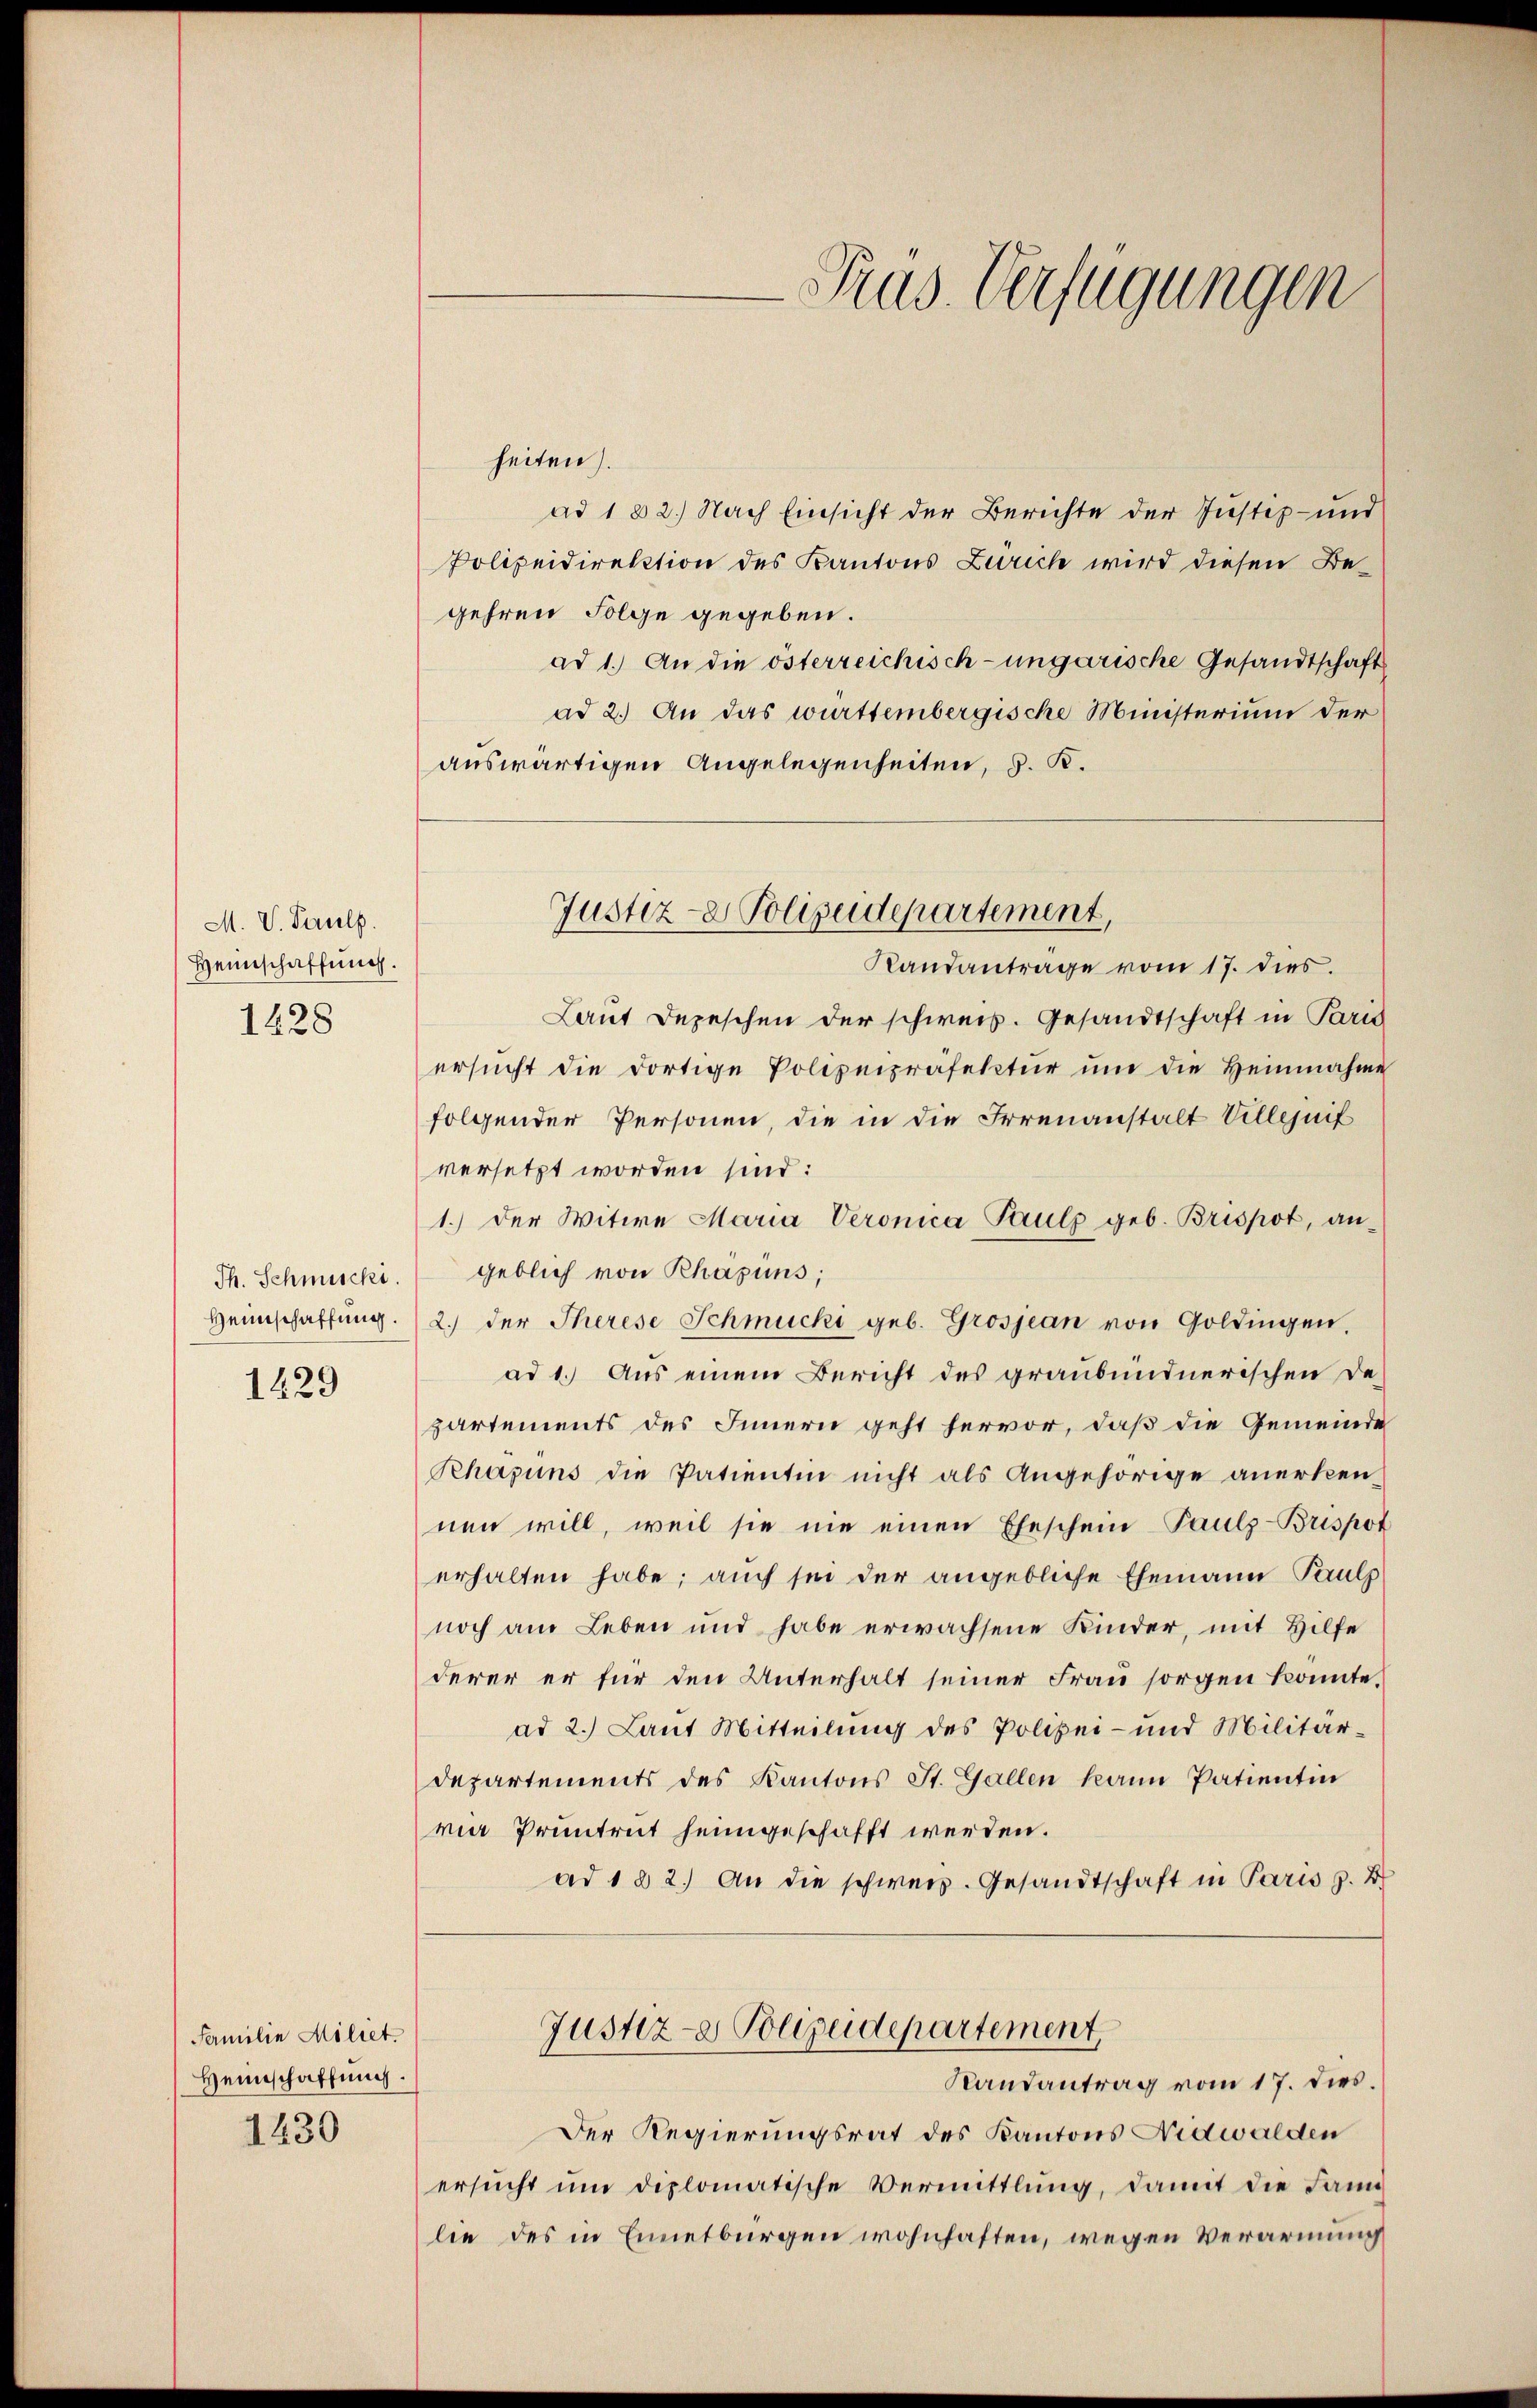
M. V. Pauls.
Heimschaffung.
1428

Th. Schmucki.
Heimschaffung.
1829

Familie Miliet.
Heimschaffung.
1430

Justiz- & Polizeidepartement,

Pras. Verfügungen

heiten.
ad 1 & 2.) Nach Einsicht der Berichte der Justiz- und
Polizeidirektion des Kantons Zürich wird diesen Begehren Folge gegeben.
ad 1.) An die österreichisch-ungarische Gesandtschaft
ad 2.) An das württembergische Ministerium der
auswärtigen Angelegenheiten, d. K.
Randantrage vom 17. dies
Laut Depeschen der schweiz. Gesandtschaft in Paris
ersucht die dortige Polizeipräfektur um die Heinnahme
folgender Personen, die in die Irrenanstalt Villejnif
versetzt worden sind:
1.) Der Witwe Maria Veronica Pauls geb. Brispot, an-
geblich von Rhapüns;
2.) der Therese Schmucki geb. Grosjean von Goldingen,
ad 1. Aus einem Bericht des graubündnerischen De-
partements des Innern geht hervor, daß die Gemeinde
Rchajuns die Patienten nicht als Angehörige anerkennen will, weil sie nie einen Eheschein Paulz-Brispot
erhalten habe; auch sei der angebliche Ehemann Pauls
noch am Leben und habe erwachsene Kinder, mit Hilfe
derer er für den Unterhalt seiner Frau sorgen konnte.
ad 2.) Laut Mitteilung des Polizei- und Militär,
departements des Kantons St. Gallen kann Patientin
via Pruntrut heimgeschafft werden.
ad 1 § 2. An die schweiz. Gesandtschaft in Paris z. B
Justiz- & Polizeidepartement,
Randantrag vom 17. dies.
Der Regierungsrat des Kantons Nidwalden
ersŭcht ŭm diplomatische Vermittlung, damit die Jan
lie des in Ennetbürgen wohnhaften, wegen Verarmung